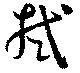
拭